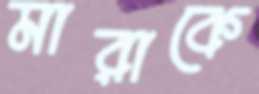
মারাকে